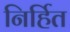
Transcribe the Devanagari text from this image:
निर्हित